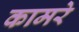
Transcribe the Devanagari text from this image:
कामरे